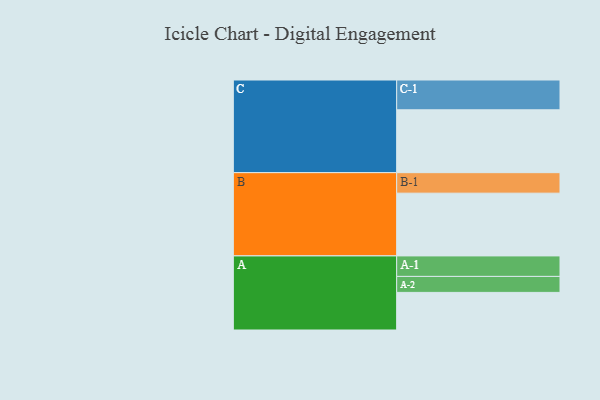
{"axis": {"x": "Segment", "y": "Value"}, "legend": ["", "A", "B", "C"], "data": [{"x": "A", "y": 332, "type": ""}, {"x": "B", "y": 554, "type": ""}, {"x": "C", "y": 555, "type": ""}, {"x": "A-1", "y": 181, "type": "A"}, {"x": "A-2", "y": 141, "type": "A"}, {"x": "B-1", "y": 181, "type": "B"}, {"x": "C-1", "y": 263, "type": "C"}]}